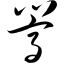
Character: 嵩